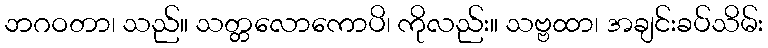
ဘဂဝတာ၊ သည်။ သတ္တလောကောပိ၊ ကိုလည်း။ သဗ္ဗထာ၊ အချင်းခပ်သိမ်း